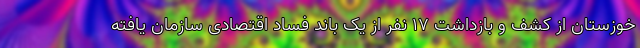
خوزستان از کشف و بازداشت ۱۷ نفر از یک باند فساد اقتصادی سازمان یافته